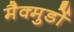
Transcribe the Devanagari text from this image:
मैक्मुर्डो